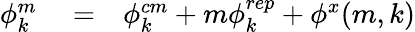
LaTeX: \begin{array}{rlr}{\phi_{k}^{m}}&{{}=}&{\phi_{k}^{cm}+m\phi_{k}^{rep}+\phi^{x}(m,k)}\end{array}